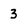
Character: 3